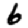
Digit: 6